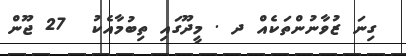
ގިނަ ޒުވާނުންތަކެއް ދ . މީދޫގައި ތިބުމާއެކު  27 ޖޫން